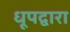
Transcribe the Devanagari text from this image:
धूपद्वारा